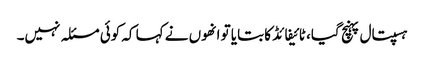
ہسپتال پہنچ گیا، ٹائیفائڈ کا بتایا تو انھوں نے کہا کہ کوئی مسئلہ نہیں۔